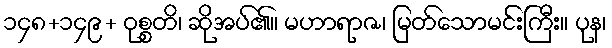
၁၄၈+၁၄၉+ ဝုစ္စတိ၊ ဆိုအပ်၏။ မဟာရာဇ၊ မြတ်သောမင်းကြီး။ ပုန၊